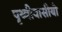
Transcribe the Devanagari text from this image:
पृथ्वीवासीयो